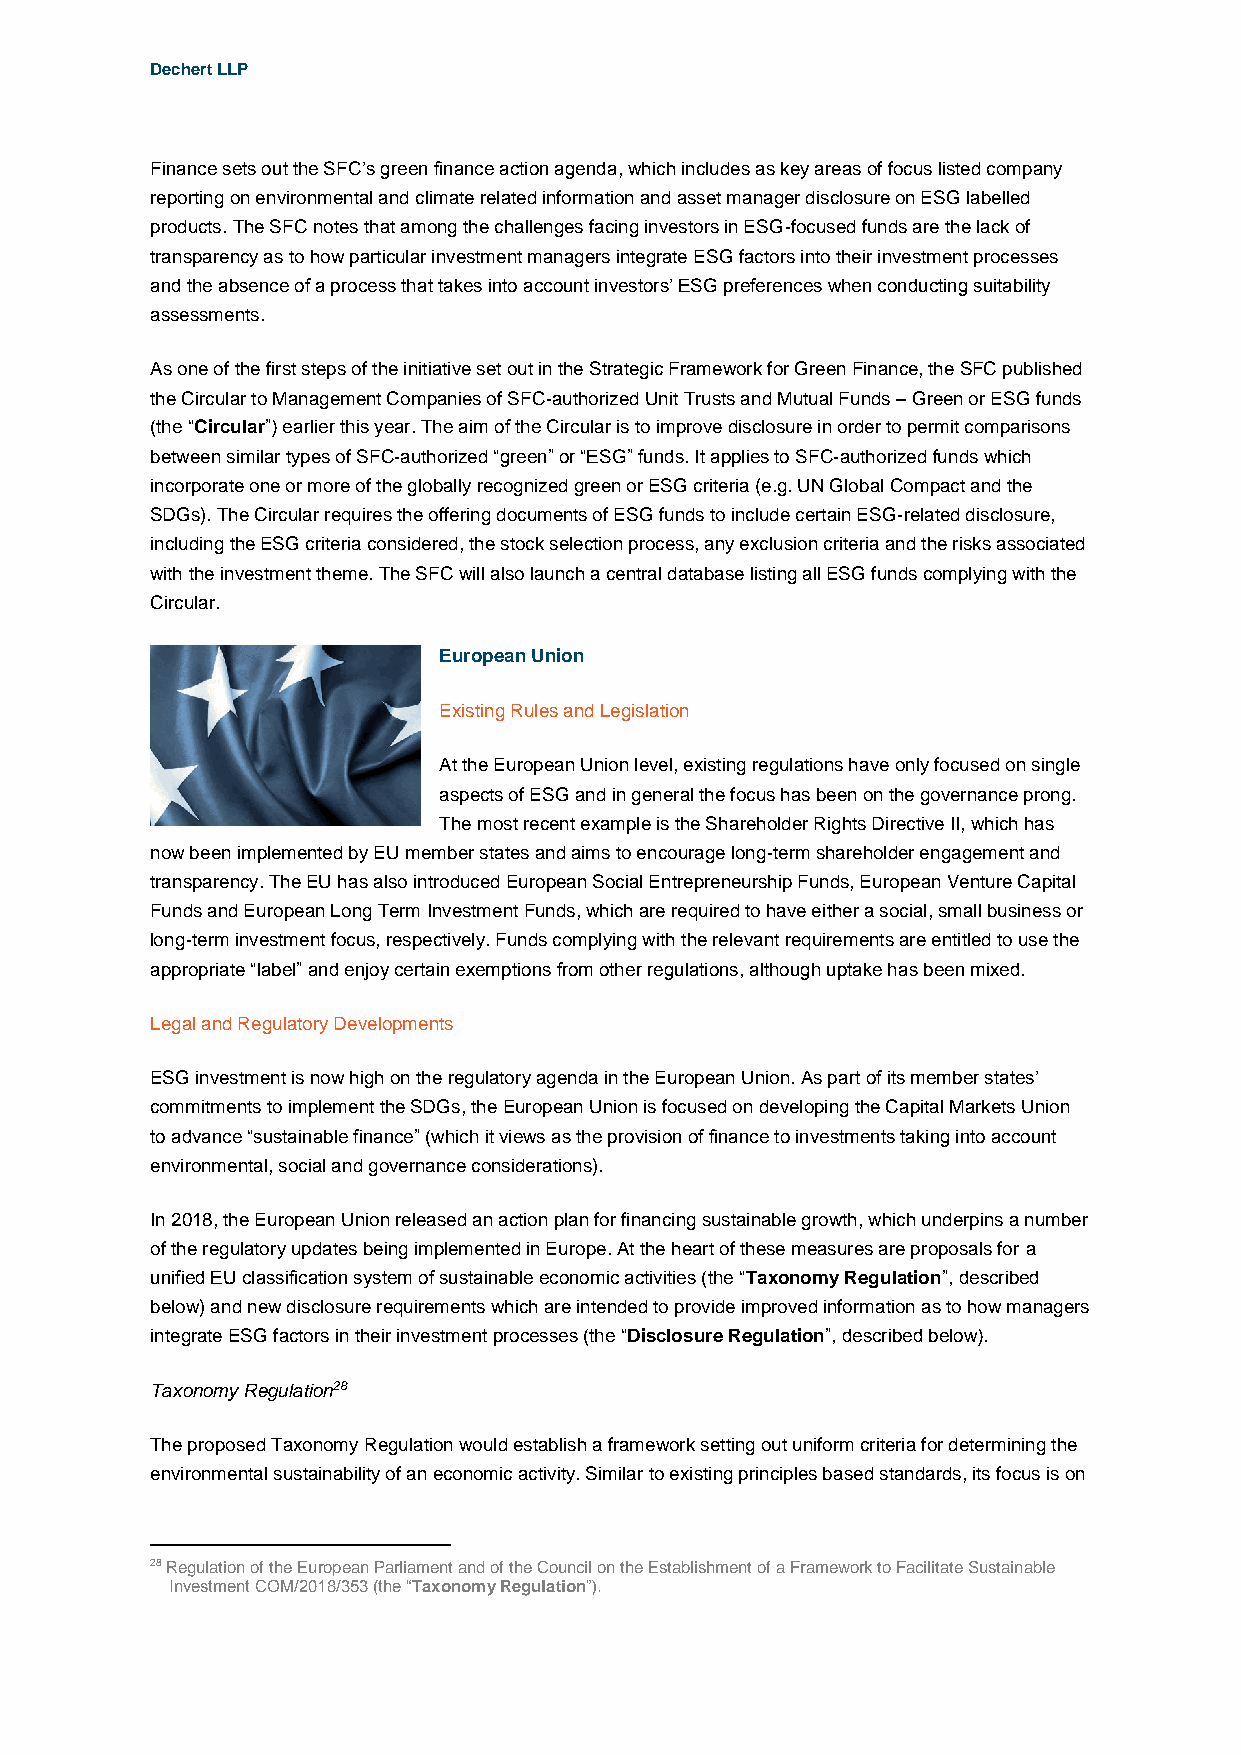
Dechert LLP
 Finance sets out the SFC’s green finance action agenda, which includes as key areas of focus listed company
 reporting on environmental and climate related information and asset manager disclosure on ESG labelled
 products. The SFC notes that among the challenges facing investors in ESG-focused funds are the lack of
 transparency as to how particular investment managers integrate ESG factors into their investment processes
 and the absence of a process that takes into account investors’ ESG preferences when conducting suitability
 assessments.
 As one of the first steps of the initiative set out in the Strategic Framework for Green Finance, the SFC published
 the Circular to Management Companies of SFC-authorized Unit Trusts and Mutual Funds – Green or ESG funds
 (the “Circular”) earlier this year. The aim of the Circular is to improve disclosure in order to permit comparisons
 between similar types of SFC-authorized “green” or “ESG” funds. It applies to SFC-authorized funds which
 incorporate one or more of the globally recognized green or ESG criteria (e.g. UN Global Compact and the
 SDGs). The Circular requires the offering documents of ESG funds to include certain ESG-related disclosure,
 including the ESG criteria considered, the stock selection process, any exclusion criteria and the risks associated
 with the investment theme. The SFC will also launch a central database listing all ESG funds complying with the
 Circular.
 European Union
 Existing Rules and Legislation
 At the European Union level, existing regulations have only focused on single
 aspects of ESG and in general the focus has been on the governance prong.
 The most recent example is the Shareholder Rights Directive II, which has
 now been implemented by EU member states and aims to encourage long-term shareholder engagement and
 transparency. The EU has also introduced European Social Entrepreneurship Funds, European Venture Capital
 Funds and European Long Term Investment Funds, which are required to have either a social, small business or
 long-term investment focus, respectively. Funds complying with the relevant requirements are entitled to use the
 appropriate “label” and enjoy certain exemptions from other regulations, although uptake has been mixed.
 Legal and Regulatory Developments
 ESG investment is now high on the regulatory agenda in the European Union. As part of its member states’
 commitments to implement the SDGs, the European Union is focused on developing the Capital Markets Union
 to advance “sustainable finance” (which it views as the provision of finance to investments taking into account
 environmental, social and governance considerations).
 In 2018, the European Union released an action plan for financing sustainable growth, which underpins a number
 of the regulatory updates being implemented in Europe. At the heart of these measures are proposals for a
 unified EU classification system of sustainable economic activities (the “Taxonomy Regulation”, described
 below) and new disclosure requirements which are intended to provide improved information as to how managers
 integrate ESG factors in their investment processes (the “Disclosure Regulation”, described below).
 Taxonomy Regulation28
 The proposed Taxonomy Regulation would establish a framework setting out uniform criteria for determining the
 environmental sustainability of an economic activity. Similar to existing principles based standards, its focus is on
 28 Regulation of the European Parliament and of the Council on the Establishment of a Framework to Facilitate Sustainable
 Investment COM/2018/353 (the “Taxonomy Regulation”).